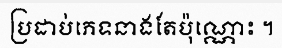
ប្រដាប់ភេទនាងតែប៉ុណ្ណោះ ។